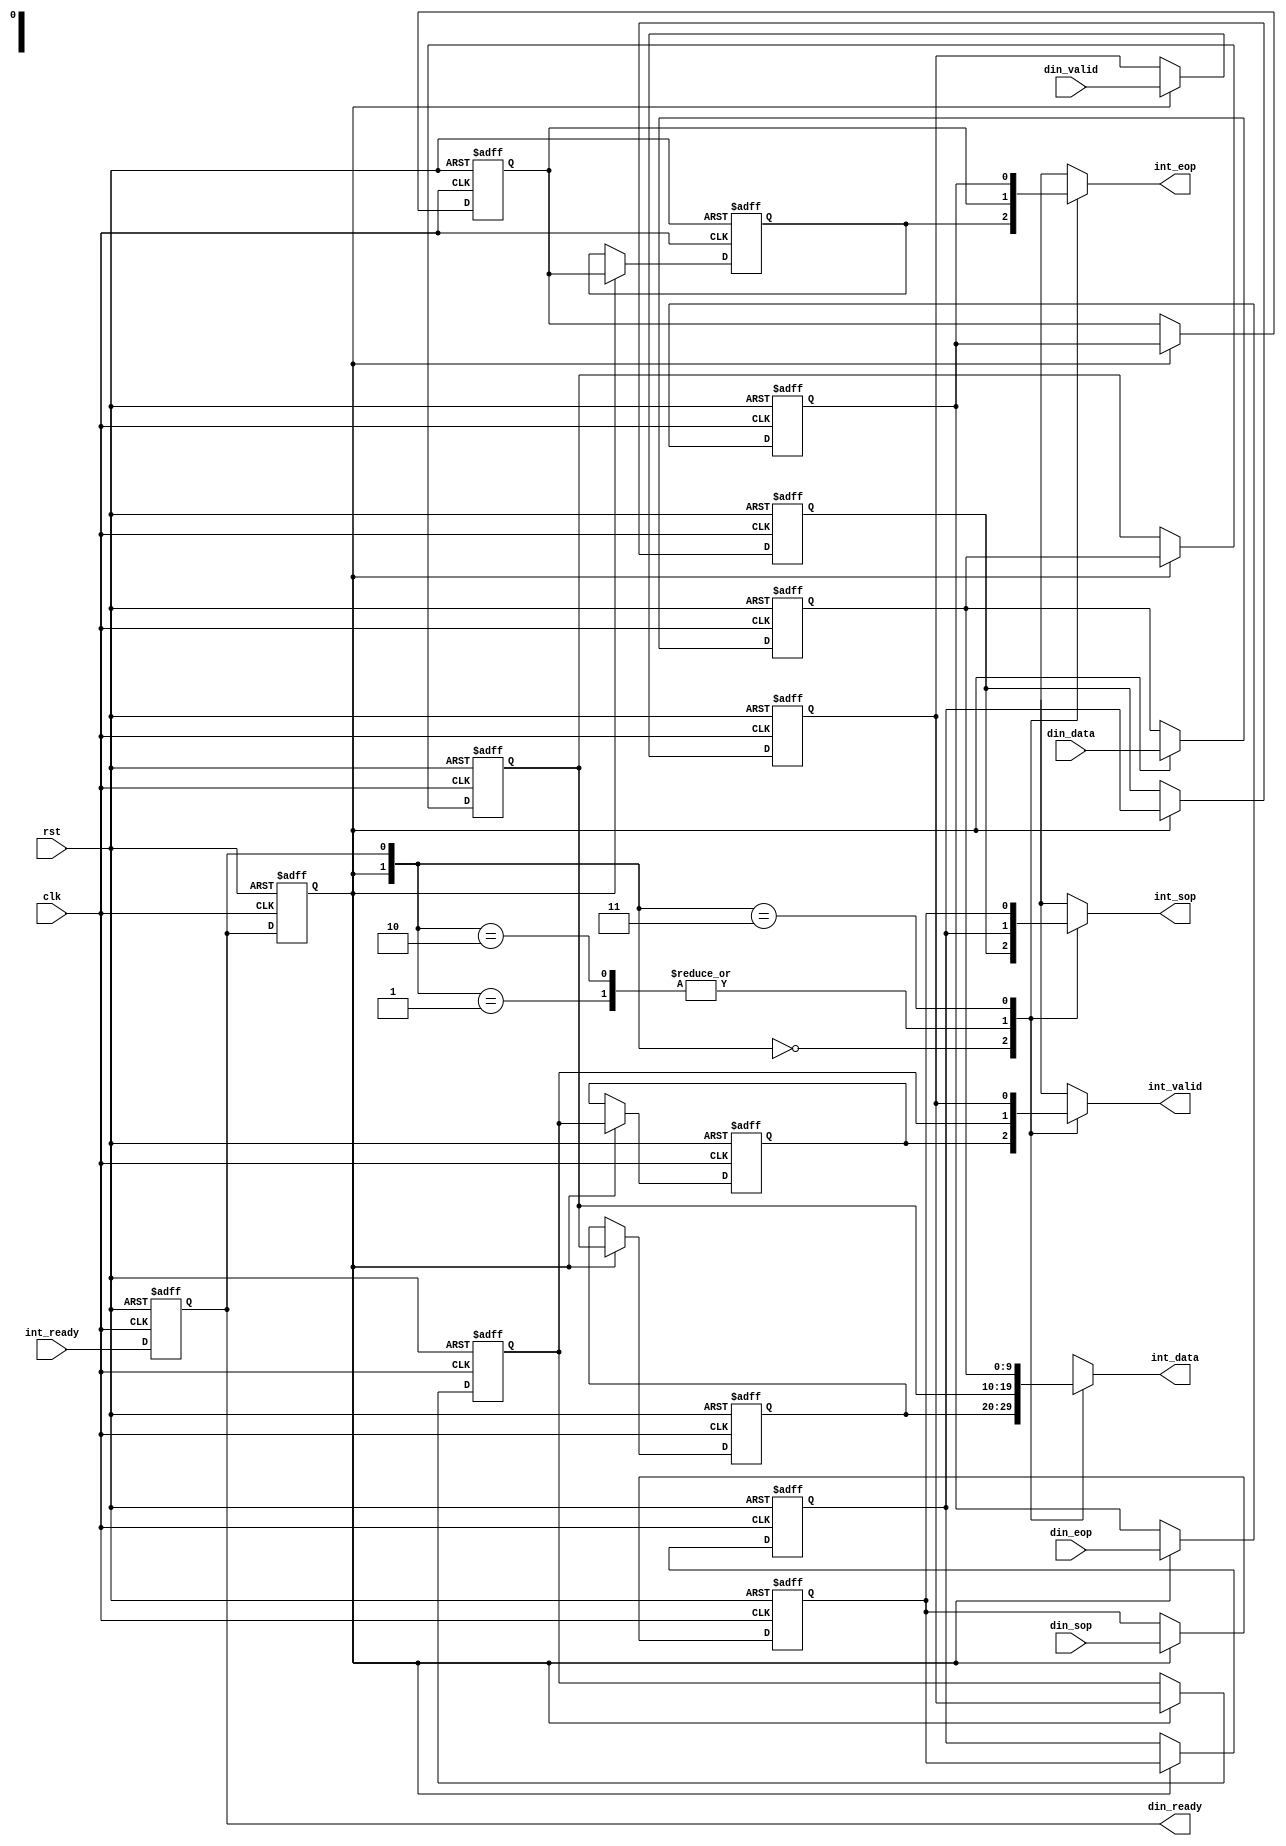
module alt_vipswi130_common_stream_input
    #(parameter
        DATA_WIDTH = 10)
    (
    input wire rst,
    input wire clk,
    
    // din
    output  wire                    din_ready,
    input   wire                    din_valid,
    input   wire [DATA_WIDTH-1:0]   din_data,
    input   wire                    din_sop,
    input   wire                    din_eop,
    
    // internal
    input   wire                    int_ready,
    output  reg                     int_valid,
    output  reg  [DATA_WIDTH-1:0]   int_data,
    output  reg                     int_sop,
    output  reg                     int_eop);

reg                     din_valid_reg;
reg [DATA_WIDTH-1:0]    din_data_reg;
reg                     din_sop_reg;
reg                     din_eop_reg;

reg                     din_valid_buf1_reg;
reg [DATA_WIDTH-1:0]    din_data_buf1_reg;
reg                     din_sop_buf1_reg;
reg                     din_eop_buf1_reg; 

reg                     din_valid_buf2_reg;
reg [DATA_WIDTH-1:0]    din_data_buf2_reg;
reg                     din_sop_buf2_reg;
reg                     din_eop_buf2_reg; 

reg                     int_ready_reg1;
reg                     int_ready_reg2;

// Buffer the input as we have a ready latency of 1 and are registering
// the ready output.
always @ (posedge clk or posedge rst) begin
    if(rst) begin
        din_valid_reg <= 1'b0;
        din_data_reg <= {DATA_WIDTH{1'b0}};
        din_sop_reg <= 1'b0;
        din_eop_reg <= 1'b0;
            
        din_valid_buf1_reg <= 1'b0;
        din_data_buf1_reg <= {DATA_WIDTH{1'b0}};
        din_sop_buf1_reg <= 1'b0;
        din_eop_buf1_reg <= 1'b0;
        
        din_valid_buf2_reg <= 1'b0;
        din_data_buf2_reg <= {DATA_WIDTH{1'b0}};
        din_sop_buf2_reg <= 1'b0;
        din_eop_buf2_reg <= 1'b0;
    end else begin
        if(int_ready_reg2) begin
            din_valid_reg <= din_valid;
            din_data_reg <= din_data;
            din_sop_reg <= din_sop;
            din_eop_reg <= din_eop;
                
            din_valid_buf1_reg <= din_valid_reg;
            din_data_buf1_reg <= din_data_reg;
            din_sop_buf1_reg <= din_sop_reg;
            din_eop_buf1_reg <= din_eop_reg;
                
            din_valid_buf2_reg <= din_valid_buf1_reg;
            din_data_buf2_reg <= din_data_buf1_reg;
            din_sop_buf2_reg <= din_sop_buf1_reg;
            din_eop_buf2_reg <= din_eop_buf1_reg;
        end
    end
end

always @ (posedge clk or posedge rst) begin
    if(rst) begin
        int_ready_reg1 <= 1'b0;
        int_ready_reg2 <= 1'b0;
    end else begin
        int_ready_reg1 <= int_ready;
        int_ready_reg2 <= int_ready_reg1;
    end
end

assign din_ready = int_ready_reg1;

// Select the correct buffer to feed through.
// reg2    reg1    reg    |    select    reg     buf1    buf2 
// 0       0       0      |    x         0       0       0
// 0       0       1      |    buf2      0       0       0
// 0       1       0      |    x         0       0       x
// 0       1       1      |    buf1      0       0       x
// 1       0       0      |    x         1       1       1
// 1       0       1      |    buf1      1       1       x
// 1       1       0      |    x         1       1       x
// 1       1       1      |    reg       1       x       x
always @ (int_ready_reg1 or int_ready_reg2 or 
          din_valid_reg or din_valid_buf1_reg or din_valid_buf2_reg or
          din_data_reg or din_data_buf1_reg or din_data_buf2_reg or
          din_sop_reg or din_sop_buf1_reg or din_sop_buf2_reg or
          din_eop_reg or din_eop_buf1_reg or din_eop_buf2_reg) begin
    case({int_ready_reg2, int_ready_reg1})
        2'b00: begin
                   int_valid <= din_valid_buf2_reg;
                   int_data <= din_data_buf2_reg;
                   int_sop <= din_sop_buf2_reg;
                   int_eop <= din_eop_buf2_reg;
               end
        2'b01: begin
                   int_valid <= din_valid_buf1_reg;
                   int_data <= din_data_buf1_reg;
                   int_sop <= din_sop_buf1_reg;
                   int_eop <= din_eop_buf1_reg;
               end
        2'b10: begin
                   int_valid <= din_valid_buf1_reg;
                   int_data <= din_data_buf1_reg;
                   int_sop <= din_sop_buf1_reg;
                   int_eop <= din_eop_buf1_reg;
               end
        2'b11: begin
                   int_valid <= din_valid_reg;
                   int_data <= din_data_reg;
                   int_sop <= din_sop_reg;
                   int_eop <= din_eop_reg;
               end
    endcase
end

endmodule